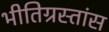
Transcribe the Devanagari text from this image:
भीतिग्रस्तांस